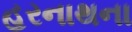
હરનાથના